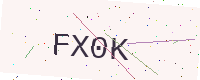
Text: FX0K